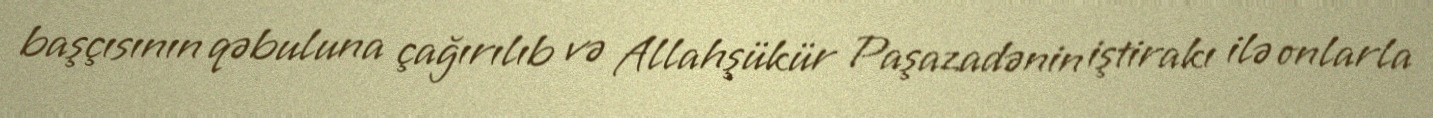
başçısının qəbuluna çağırılıb və Allahşükür Paşazadənin iştirakı ilə onlarla